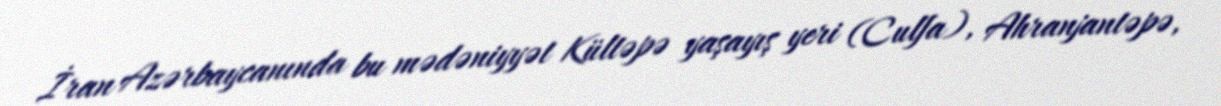
İran Azərbaycanında bu mədəniyyət Kültəpə yaşayış yeri (Culfa), Ahranjantəpə,